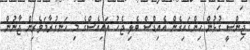
ޖިންސީ ގުޅުން ހިންގައިގެން އެއިޑްސް ބެލި ޖެހުު އައިއެސްގެ މި ހަނގުރާމަވެރިން ޖާނުން